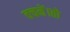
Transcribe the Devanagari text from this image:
वचनें।तो